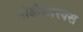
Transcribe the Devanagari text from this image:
पोडोकारपस